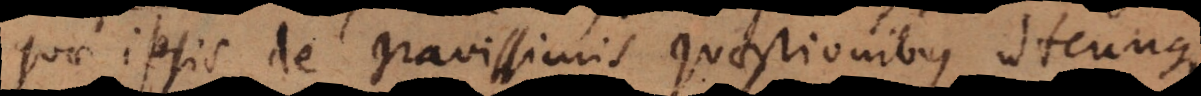
quae ipsis de gravissimis quaestionibus utcunque